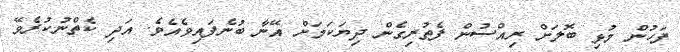
ފަހުން މުޅި ބޮލަށް ރިއްސުން ފެތުރިގެން ދިޔަކަމަށް އޭނާ ބުނެފައިވެއެވެ. އަދި ކެތްނުކުރެވޭ